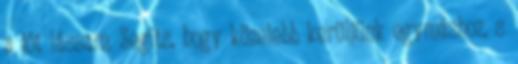
a jót lássam. Segíts, hogy közelebb kerüljünk egymáshoz, s